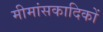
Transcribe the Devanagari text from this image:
मीमांसकादिकों